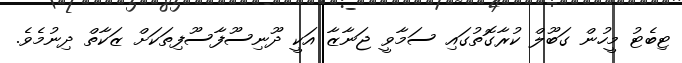
ޓިބެޓު މީހުން ގަބޫލް ކުރާގޮތުގައި ސަމާވީ ޖަނާޒާ އަކީ ދޫނިސޫފާސޫފިތަކަށް ޒަކާތް ދިނުމެވެ.